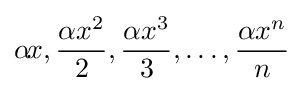
\alpha \!x,{\alpha \,\!x^{2} \over {2}},{\alpha \,\!x^{3} \over {3}},\dots ,{\alpha \,\!x^{n} \over {n}}